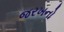
જરખનો